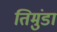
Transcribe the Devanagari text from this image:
तिमुंडा